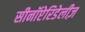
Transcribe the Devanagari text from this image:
सीनॉप्टेरिडेलीज़